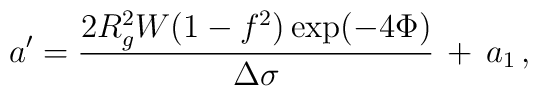
a' = \frac{2 R^2_g W (1-f^2) \exp(-4\Phi)}{\Delta \sigma} \, + \, a_1\,,